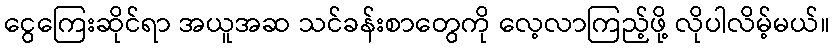
ငွေကြေးဆိုင်ရာ အယူအဆ သင်ခန်းစာတွေကို လေ့လာကြည့်ဖို့ လိုပါလိမ့်မယ်။